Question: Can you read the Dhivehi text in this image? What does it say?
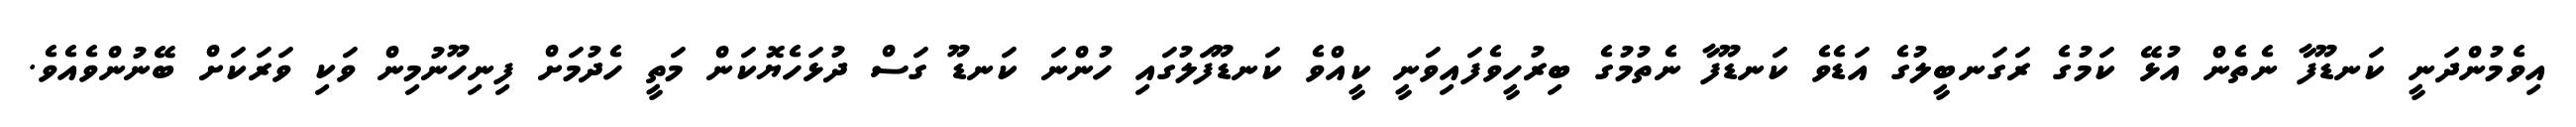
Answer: އިވެމުންދަނީ ކަނޑޫފާ ނެތެން އުޅޭ ކަމުގެ ރަގަނބީލުގެ އަޑެވެ ކަނޑޫފާ ނެތުމުގެ ބިރުހީވެފައިވަނީ ކީއްވެ ކަނޑޫފަލުގައި ހުންނަ ކަނޑޫ ގަސް ދުޅަހެޔޮކަން މަތީ ހެދުމަށް ފިނިހޫނުމިން ވަކި ވަރަކަށް ބޭނުންވެއެވެ.